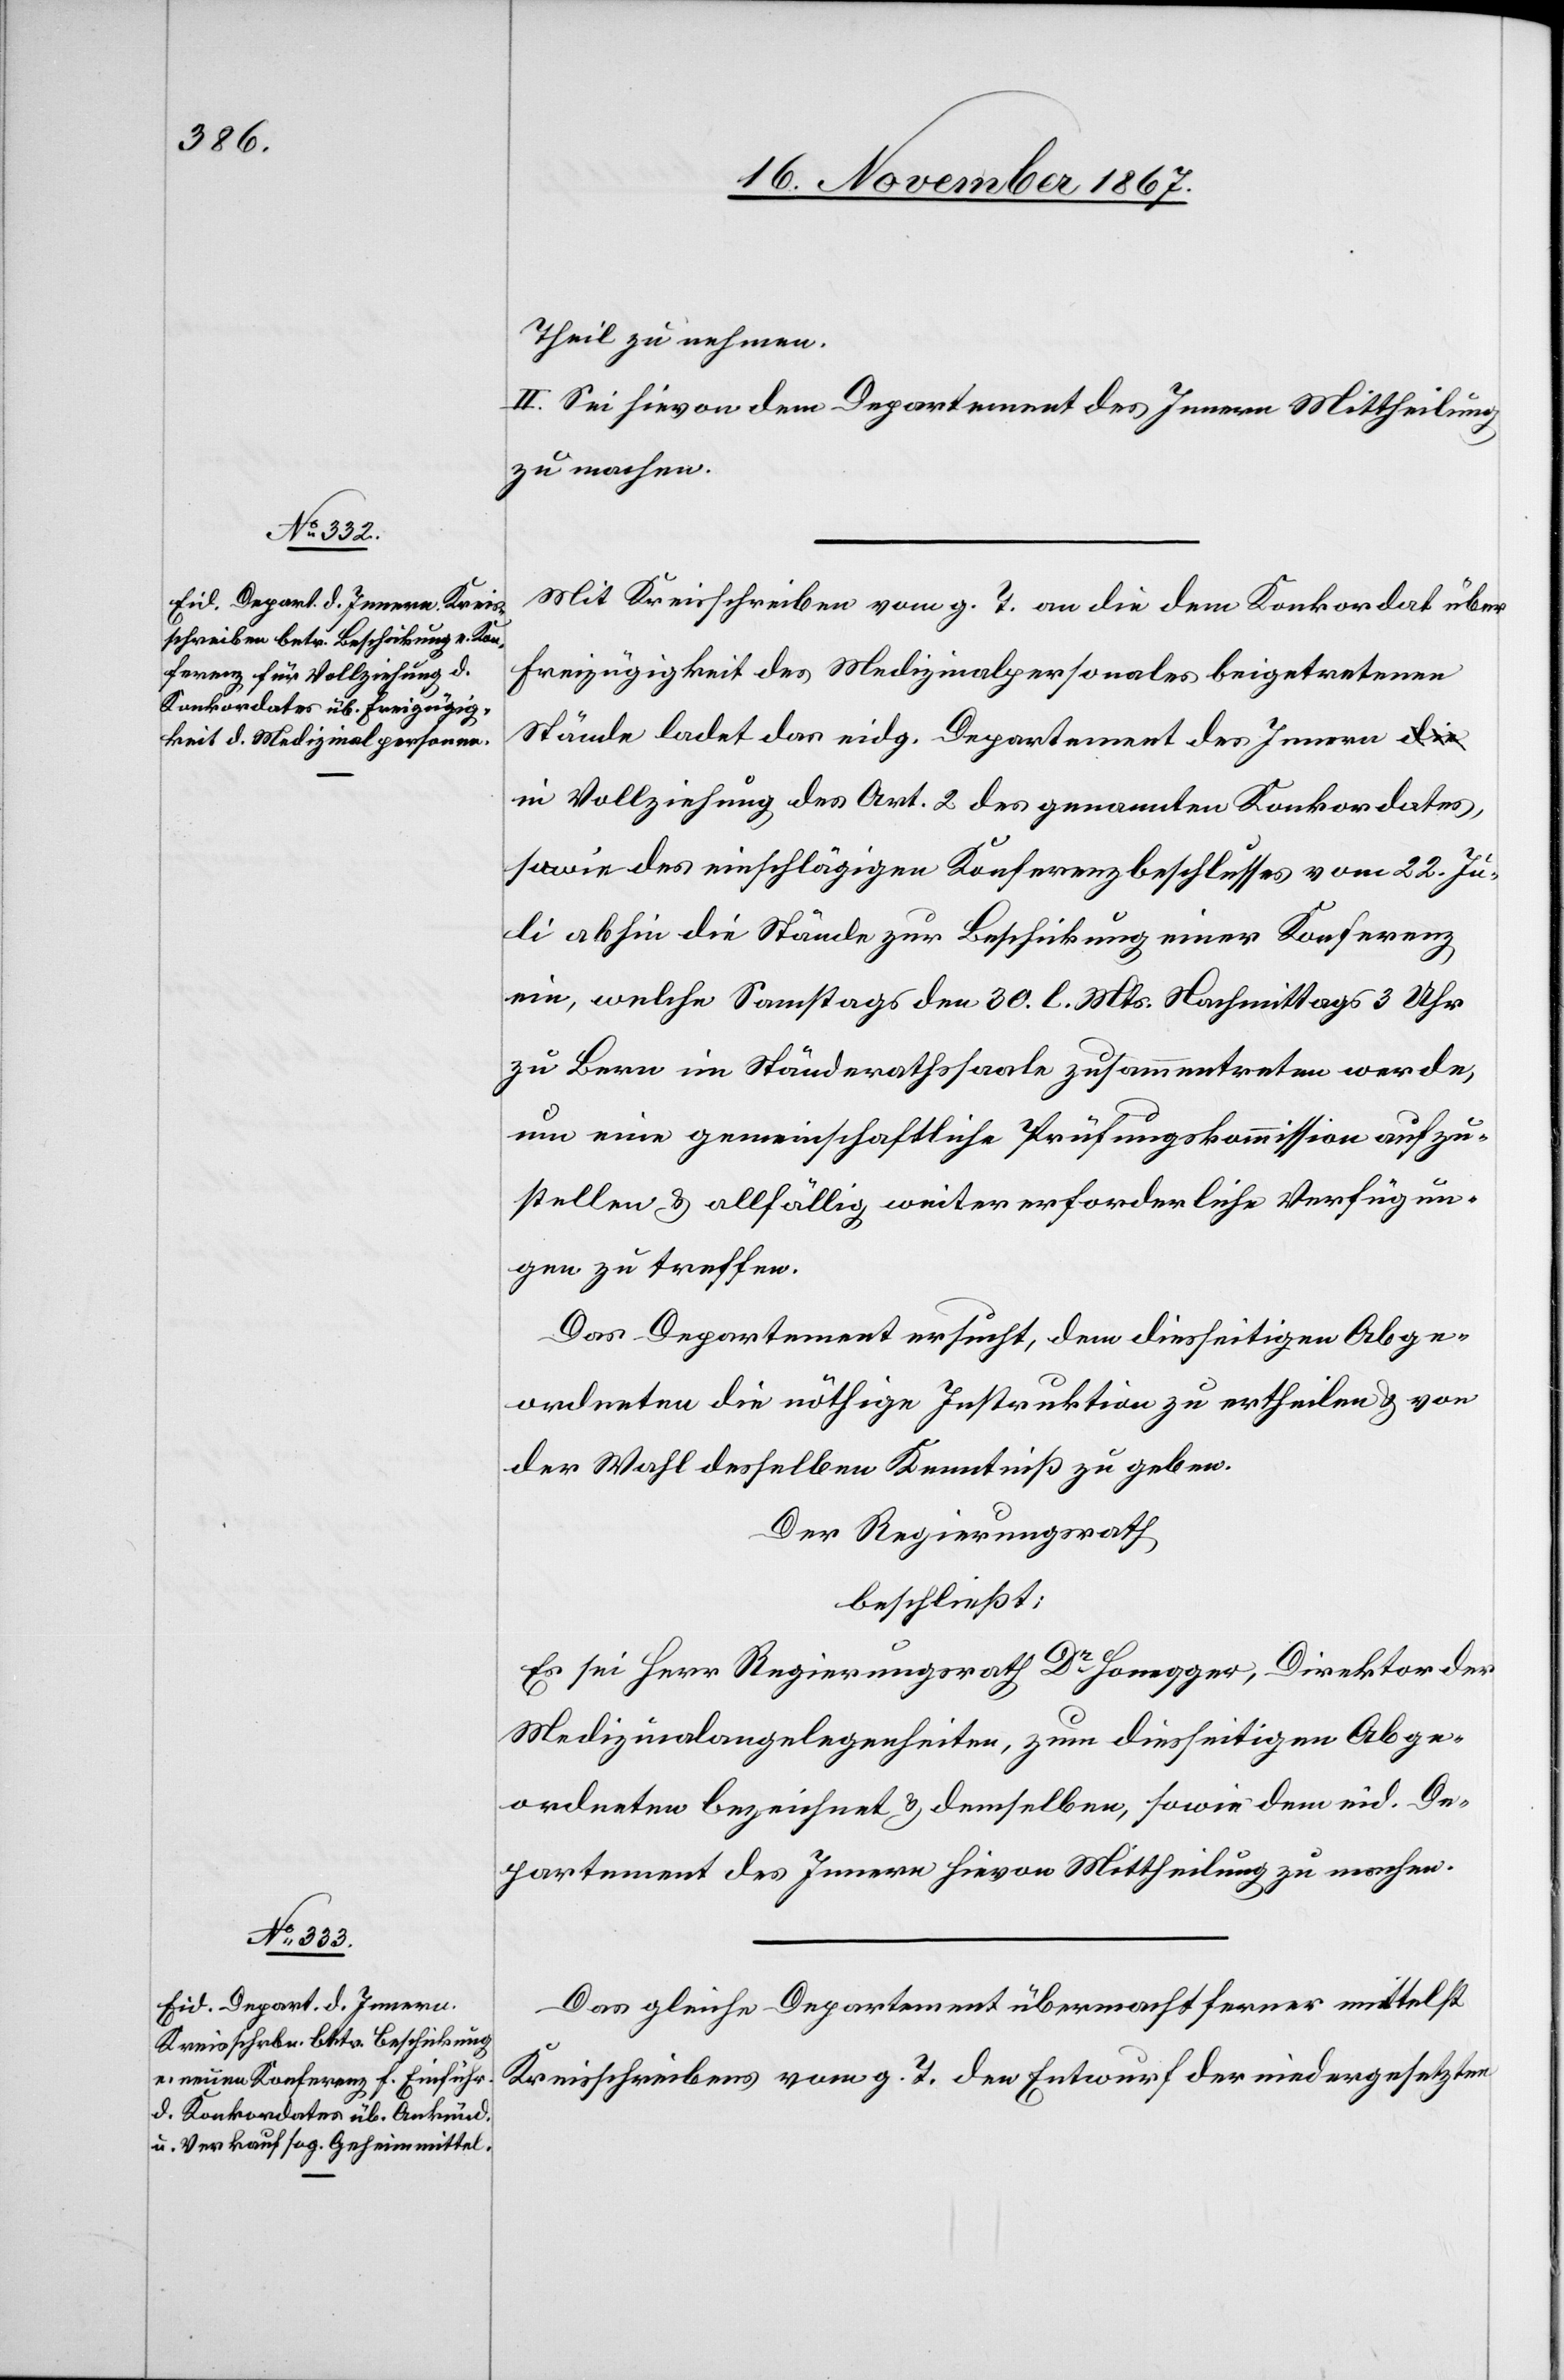
Theil zu nehmen.
II. Sei hievon dem Departement des Innern Mittheilung
zu machen.
Mit Kreisschreiben vom g. T. an die dem Konkordat über
Freizügigkeit des Medizinalpersonales beigetretenen
Stände ladet das eidg. Departement des Innern i¬
n Vollziehung des Art. 2 des genannten Konkordates,
sowie des einschlägigen Konferenzbeschlusses vom 22. Ju¬
li abhin die Stände zur Beschickung einer Konferenz
ein, welche Samstags den 30. l. Mts. Nachmittags 3 Uhr
zu Bern im Ständerathssaale zusammentreten werde,
um eine gemeinschaftliche Prüfungskommission aufzu¬
stellen u. allfällig weiter erforderliche Verfügun¬
gen zu treffen.
Das Departement ersucht, den diesseitigen Abge¬
ordneten die nöthige Instruktion zu ertheilen u. von
der Wahl desselben Kenntnis zu geben.
Der Regierungsrath,
beschließt:
Es sei Herr Regierungsrath Dr Honegger, Direktor der
Medizinalangelegenheiten, zum diesseitigen Abge¬
ordneten bezeichnet u. demselben, sowie dem eid. De¬
partement des Innern hievon Mittheilung zu machen.
Das gleiche Departement übermacht ferner mittelst
Kreisschreibens vom g. T. den Entwurf der niedergesetzten